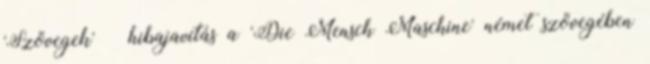
'Szövegek' » hibajavítás a 'Die Mensch Maschine' német szövegében